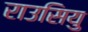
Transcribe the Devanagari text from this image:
राउसियु